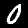
Digit: 0